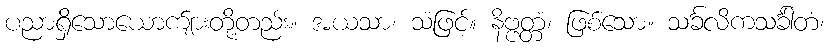
ပညာရှိသောယောက်ျားတို့တည်း။ အယသာ၊ သံဖြင့်။ နိဗ္ဗတ္တံ၊ ဖြစ်သော။ သင်္ခလိကသင်္ခါတံ၊